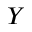
Y